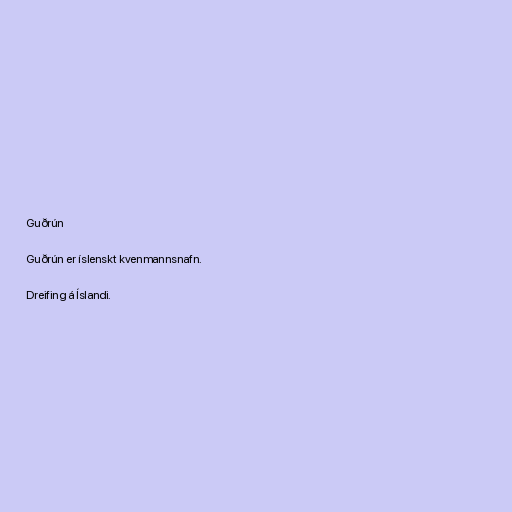
Guðrún

Guðrún er íslenskt kvenmannsnafn.

Dreifing á Íslandi.